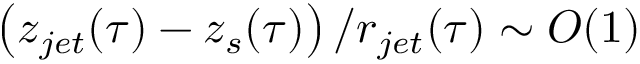
\left( z _ { j e t } ( \tau ) - z _ { s } ( \tau ) \right) / r _ { j e t } ( \tau ) \sim O ( 1 )